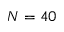
N = 4 0